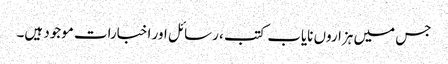
جس میں ہزاروں نایاب کتب ، رسائل اور اخبارات موجود ہیں۔